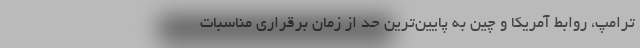
ترامپ، روابط آمریکا و چین به پایین‌ترین حد از زمان برقراری مناسبات